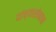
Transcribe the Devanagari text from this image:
यांच्यासोबतचा